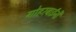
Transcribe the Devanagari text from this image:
गोहरबाईंनी